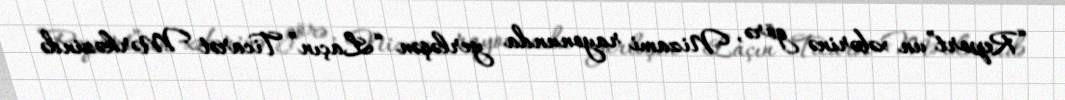
“Report”un xəbərinə görə, Nizami rayonunda yerləşən “Laçın” Ticarət Mərkəzində